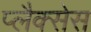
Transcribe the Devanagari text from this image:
प्लैक्सेस